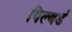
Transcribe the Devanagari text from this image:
गिल्बर्ड